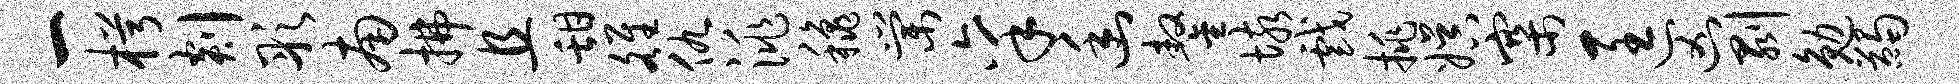
一枵剡彤南拂且甜雒仇洮秋棠禀幽鏊垓戏挑娱寨匡凶剥勉蠲